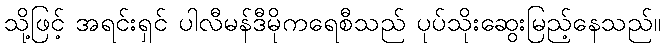
သို့ဖြင့် အရင်းရှင် ပါလီမန်ဒီမိုကရေစီသည် ပုပ်သိုးဆွေးမြည့်နေသည်။